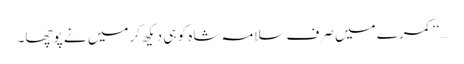
…‘‘ کمرے میں صرف سلامہ شاہ کو ہی دیکھ کر میں نے پوچھا۔